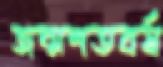
জন্মশতবর্ষ